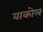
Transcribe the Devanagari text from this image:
वाकोल